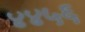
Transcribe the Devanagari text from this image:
४४५६